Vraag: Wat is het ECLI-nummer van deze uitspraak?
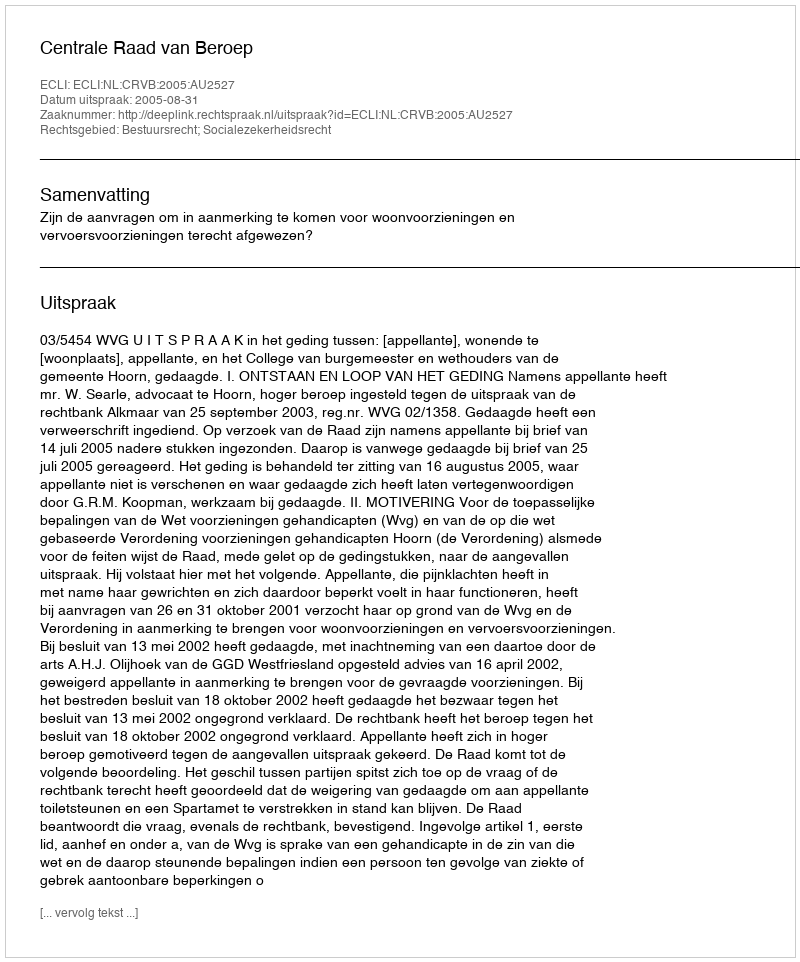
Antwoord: ECLI:NL:CRVB:2005:AU2527